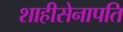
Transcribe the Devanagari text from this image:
शाहीसेनापति